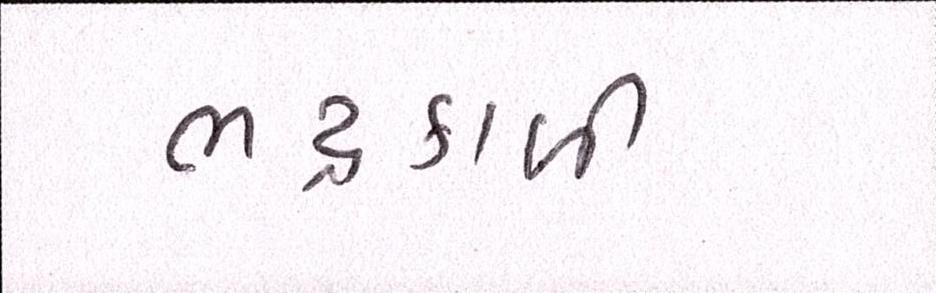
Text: ભદ્રકાળી